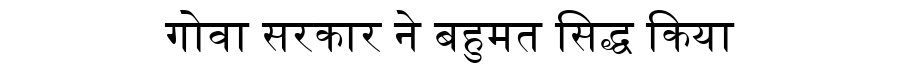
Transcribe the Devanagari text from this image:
गोवा सरकार ने बहुमत सिद्ध किया